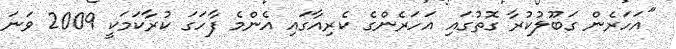
"އަހަރެން ގަބޫލުކުރާ ގޮތުގައި އަހަރެންގެ ކެރިއާގައި އެންމެ ފާހަގަ ކުރާކަމަކީ 2009 ވަނަ